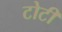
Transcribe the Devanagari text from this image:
टोटीं